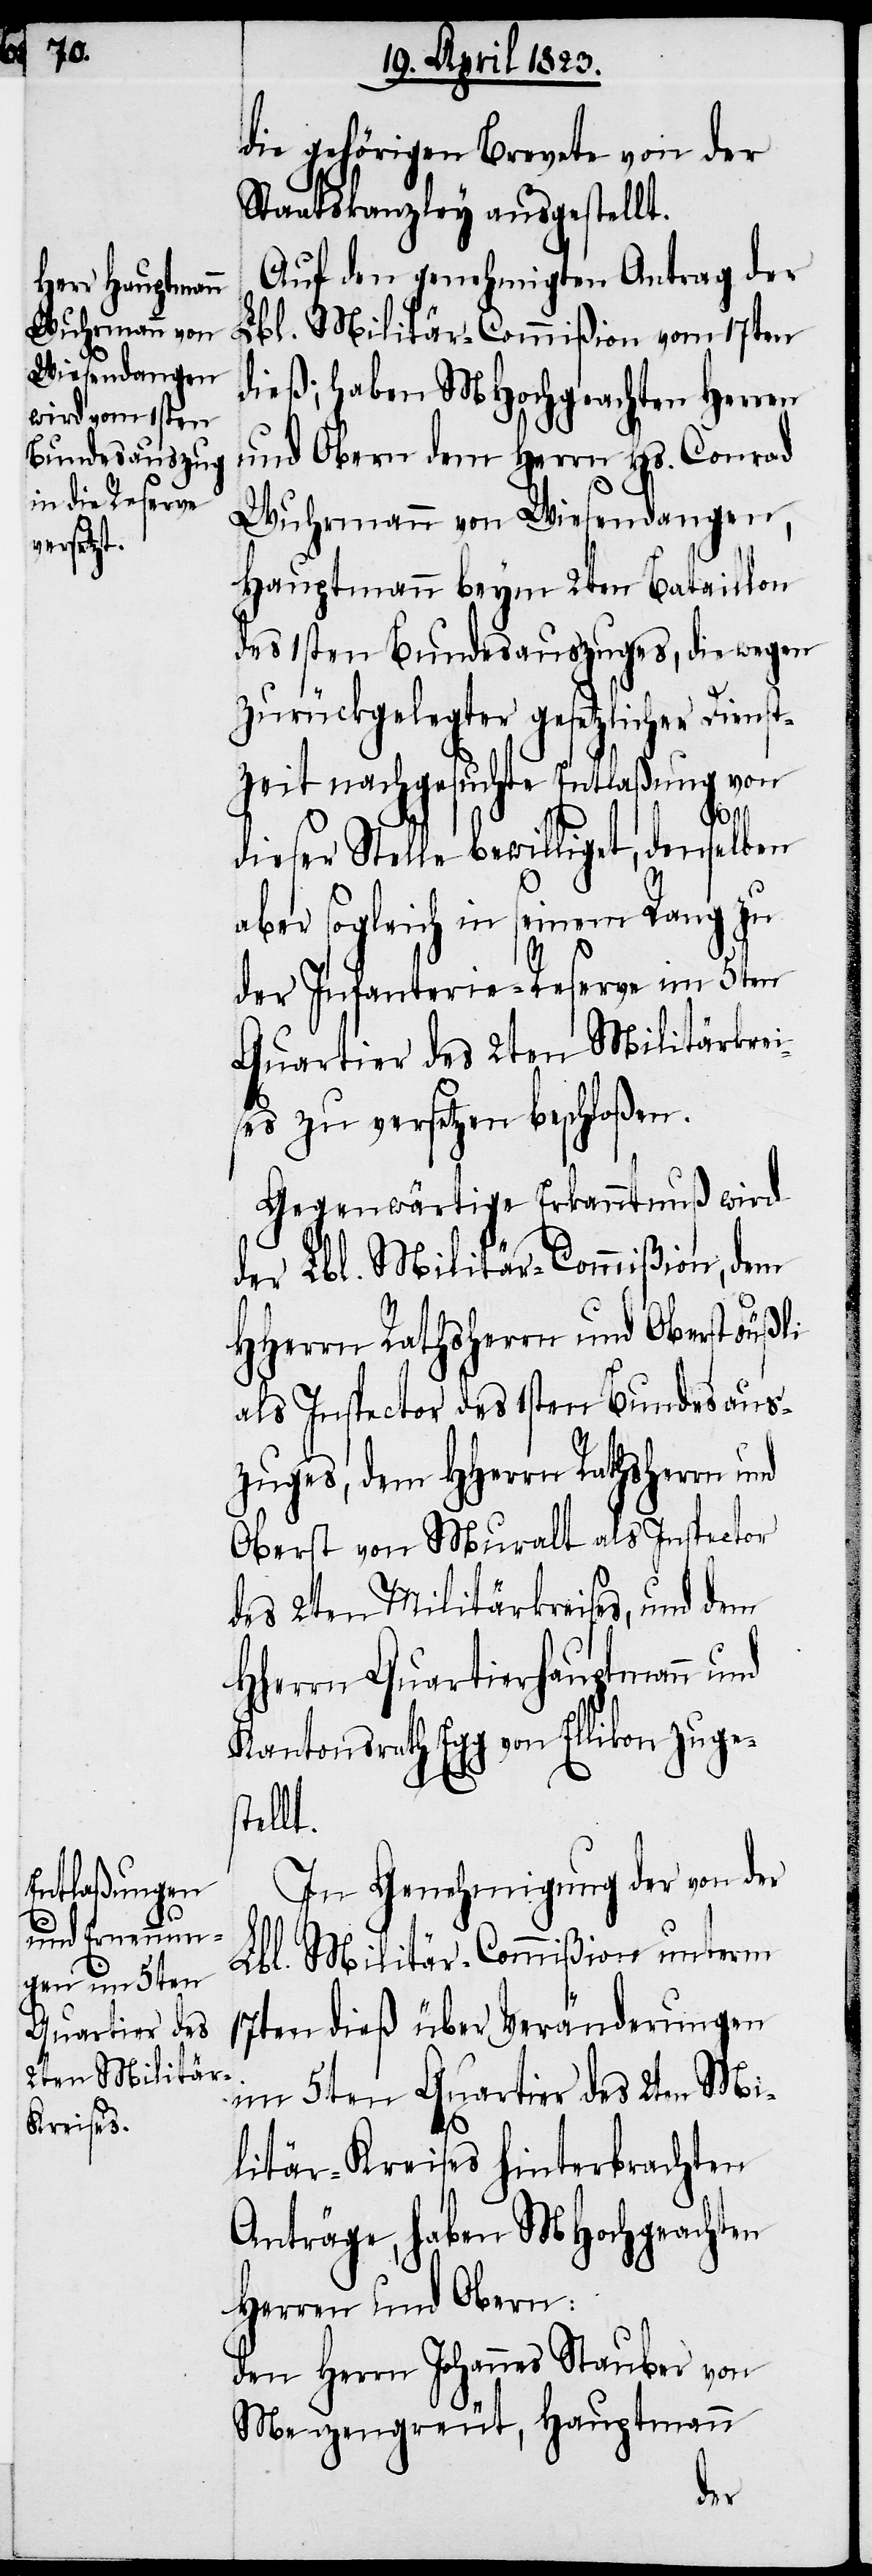
die gehörigen Brevete von der
Staatskanzley ausgestellt.
Auf den genehmigten Antrag der
Lbl. Militär-Commißion vom 17ten
dieß, haben MHochgeachten Herren
und Obern dem Herrn Hs. Conrad
Wuhrmann von Wiesendangen,
Hauptmann beym 2ten Bataillon
des 1sten Bundesauszuges, die wegen
zurückgelegter gesetzlicher Dienst¬
zeit nachgesuchte Entlaßung von
dieser Stelle bewilliget, denselben
aber sogleich in seinem Rang zu
der Infanterie-Reserve im 5ten
Quartier des 2ten Militärkrei¬
ses zu versetzen beschloßen.
Gegenwärtige Erkanntnuß wird
der Lbl. Militär-Commißion, dem
HHerrn Rathsherrn und Oberst Füßli
als Inspector des 1sten Bundesaus¬
zuges, dem HHerrn Rathsherrn und
Oberst von Muralt als Inspector
des 2ten Militärkreises, und dem
Hherrn Quartierhauptmann und
Kantonsrath Egg von Ellikon zuge¬
stellt.
In Genehmigung der von der
Lbl. Militär-Commißion unterm
17ten dieß über Veränderungen
im 5ten Quartier des 2ten Mi¬
litär-Kreises hinterbrachten
Anträge, haben MHochgeachten
Herren und Obern:
den Herrn Johannes Stauber von
Menzengreut, Hauptmann